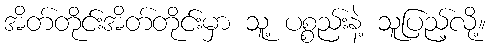
အိတ်တိုင်းအိတ်တိုင်းမှာ သူ့ ပစ္စည်းနဲ့ သူပြည့်လို့။